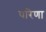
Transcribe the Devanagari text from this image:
परिणा